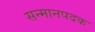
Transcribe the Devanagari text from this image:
सन्मानपदक